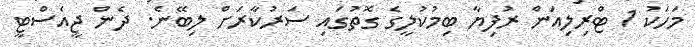
މަހަކު 1 ޓްރިލިއަން ރުފިޔާ ބިމުކުލީގެ ގޮތުގައި ސަރުކާރަށް ލިބޭނެ. ދެން ޖީއެސްޓީ